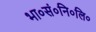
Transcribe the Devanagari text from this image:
भा०सं०नि०लि०